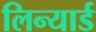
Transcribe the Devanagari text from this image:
लिन्यार्ड